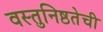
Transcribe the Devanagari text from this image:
वस्तुनिष्ठतेची